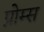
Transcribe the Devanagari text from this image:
प्रोम्स